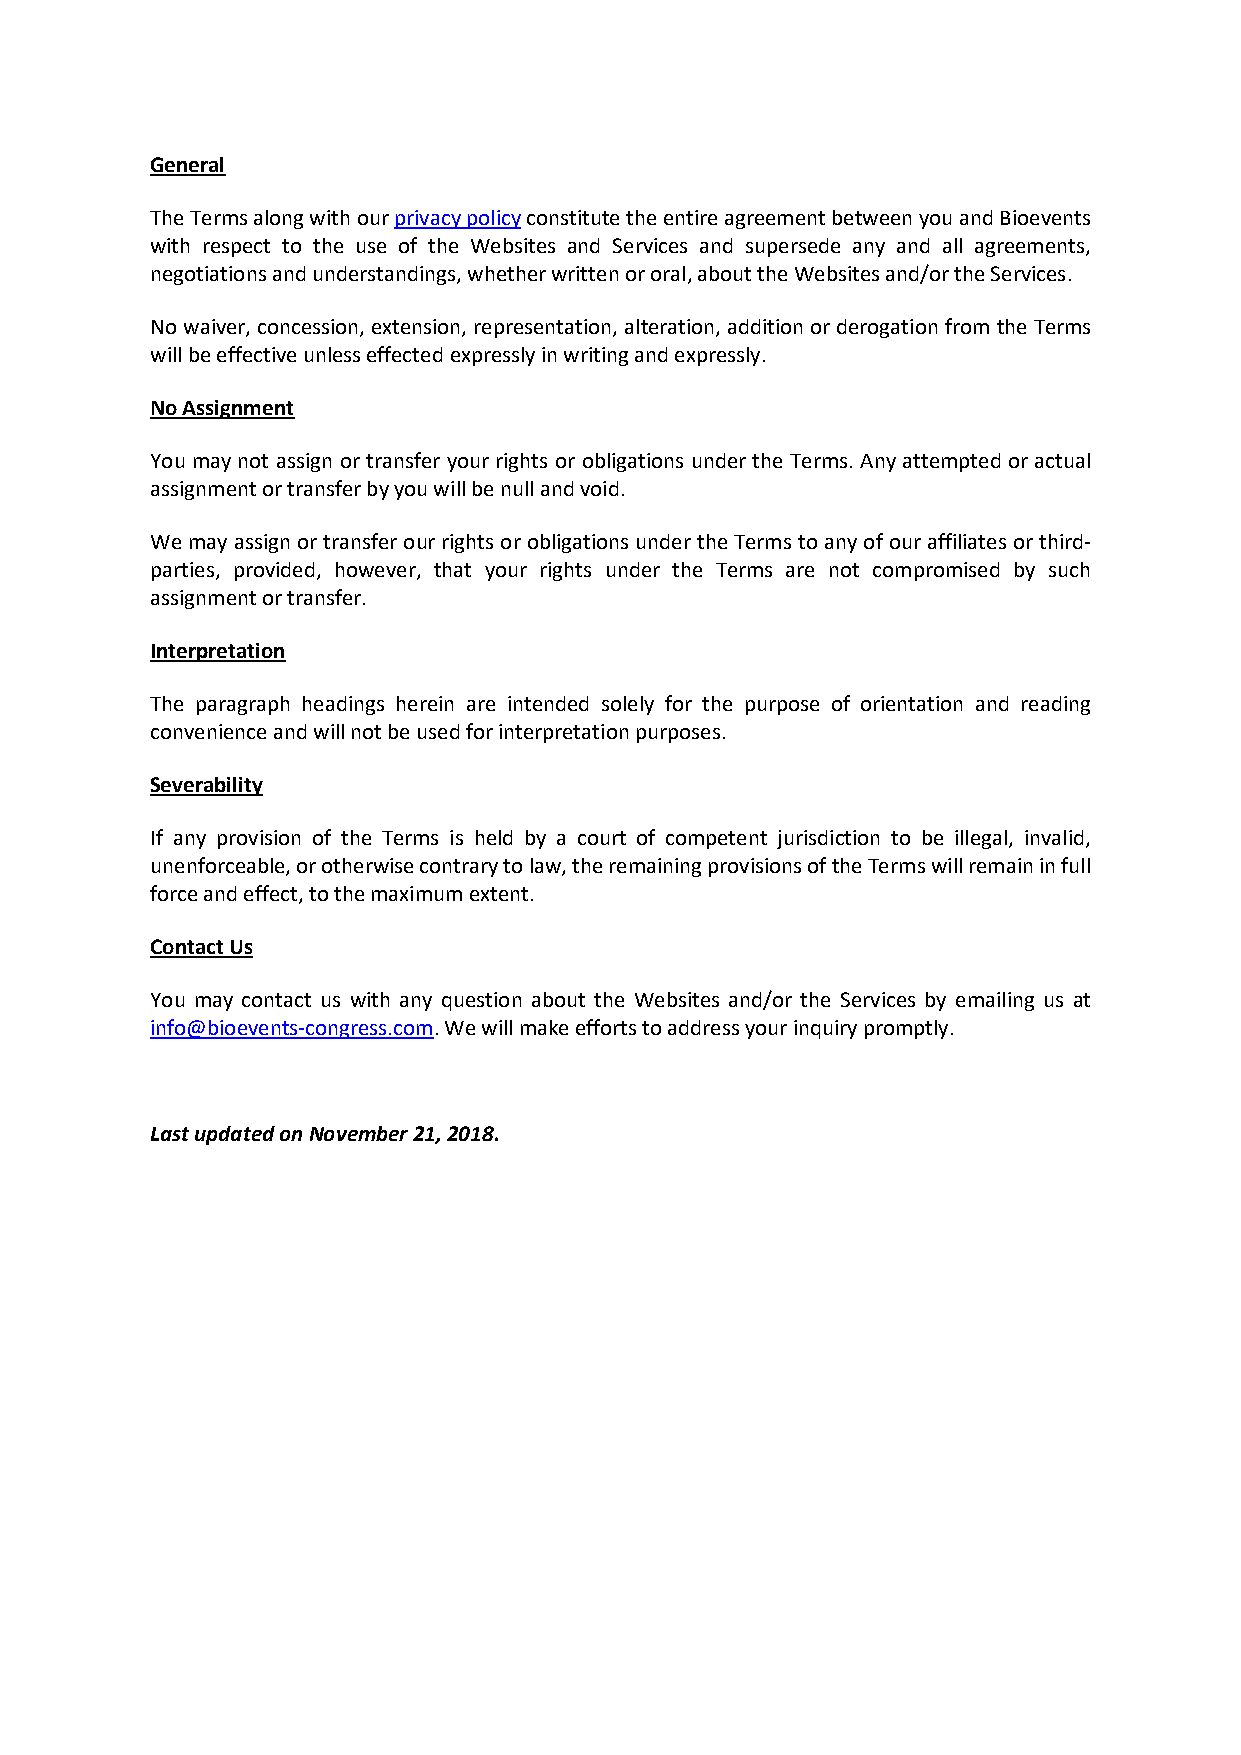
General
 The Terms along with our privacy policy constitute the entire agreement between you and Bioevents
 with respect to the use of the Websites and Services and supersede any and all agreements,
 negotiations and understandings, whether written or oral, about the Websites and/or the Services.
 No waiver, concession, extension, representation, alteration, addition or derogation from the Terms
 will be effective unless effected expressly in writing and expressly.
 No Assignment
 You may not assign or transfer your rights or obligations under the Terms. Any attempted or actual
 assignment or transfer by you will be null and void.
 We may assign or transfer our rights or obligations under the Terms to any of our affiliates or third-
 parties, provided, however, that your rights under the Terms are not compromised by such
 assignment or transfer.
 Interpretation
 The paragraph headings herein are intended solely for the purpose of orientation and reading
 convenience and will not be used for interpretation purposes.
 Severability
 If any provision of the Terms is held by a court of competent jurisdiction to be illegal, invalid,
 unenforceable, or otherwise contrary to law, the remaining provisions of the Terms will remain in full
 force and effect, to the maximum extent.
 Contact Us
 You may contact us with any question about the Websites and/or the Services by emailing us at
 info@bioevents-congress.com. We will make efforts to address your inquiry promptly.
 Last updated on November 21, 2018.